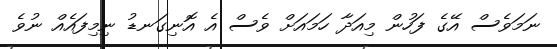
ނަމަވެސް އޭގެ ފަހުން މިއަދާ ހަމައަށް ވެސް އެ އޮނިގަނޑު ނިމިފައެއް ނުވެ